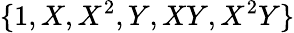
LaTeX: \{ 1,X,X^{2},Y,XY,X^{2}Y\}